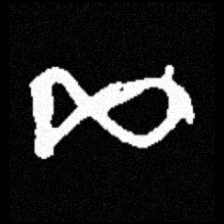
Pyu character \u2014 Myanmar letter: ဆ (romanized: cha)